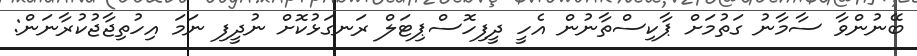
ބޭނުންވާ ސާމާނު ގަތުމަށް ޕާކިސްތާނުން އެހީ ދީފިހޮސްޕިޓަލް ރަނގަޅުކޮށް ނުދީފި ނަމަ އިހުތިޖާޖުކުރާނަން: